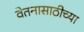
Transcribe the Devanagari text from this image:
वेतनासाठीच्या